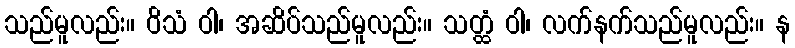
သည်မူလည်း။ ဝိသံ ဝါ၊ အဆိပ်သည်မူလည်း။ သတ္ထံ ဝါ၊ လက်နက်သည်မူလည်း။ န